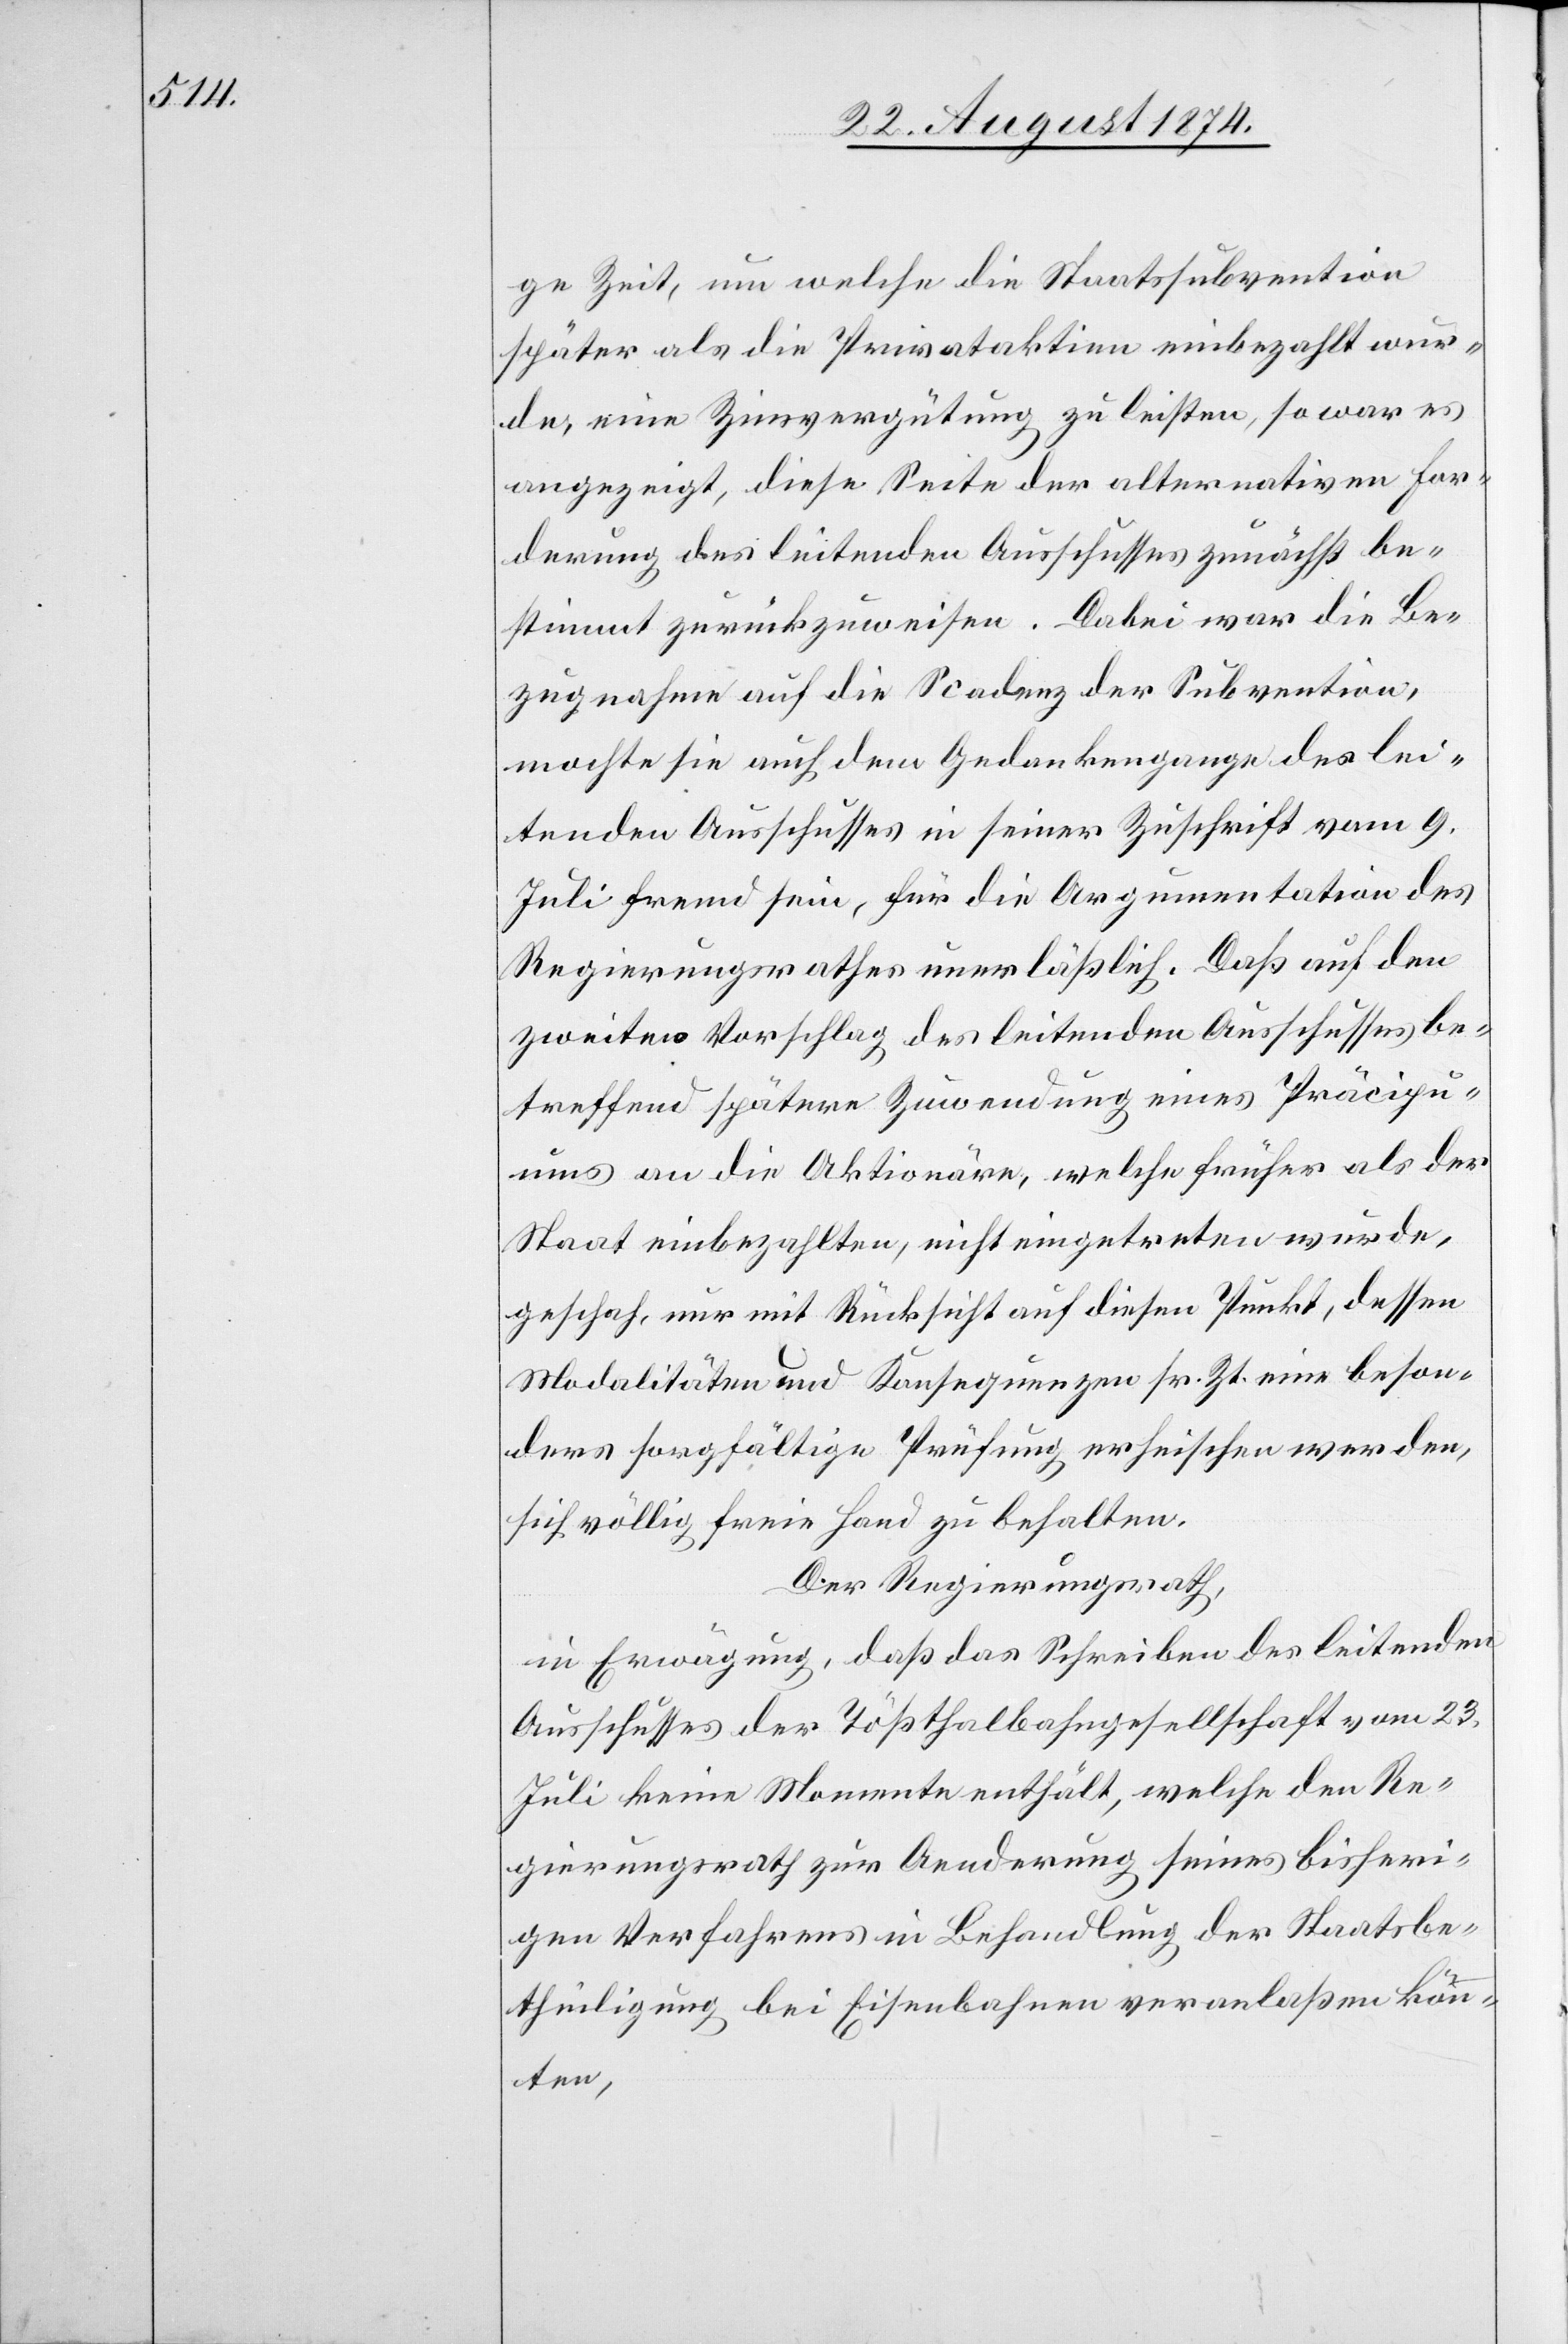
ge Zeit, um welche die Staatssubvention
später als die Privataktien einbezahlt wur¬
de, eine Zinsvergütung zu leisten, so war es
angezeigt, diese Seite der alternativen For¬
derung des leitenden Ausschusses zunächst be¬
stimmt zurückzuweisen. Dabei war die Be¬
zugnahme auf die Scadenz der Subvention,
mochte sie auch dem Gedankengange des lei¬
tenden Ausschusses in seiner Zuschrift vom 9.
Juli fremd sein, für die Argumentation des
Regierungsrathes unerläßlich. Daß auf den
zweiten Vorschlag des leitenden Ausschusses be¬
treffend spätere Zuwendung eines Präcipu¬
ums an die Aktionäre, welche früher als der
Staat einbezahlten, nicht eingetreten wurde,
[sic!], nur mit Rücksicht auf diesen Punkt, dessen
Modalitäten und Konsequenzen sr. Zt. eine beson¬
ders sorgfältige Prüfung erheischen werden,
sich völlig freie Hand zu behalten.
Der Regierungsrath,
in Erwägung, daß das Schreiben des leitenden
Ausschusses der Tößthalbahngesellschaft vom 23.
Juli keine Momente enthält, welche den Re¬
gierungsrath zur Aenderung seines bisheri¬
gen Verfahrens in Behandlung der Staatsbe¬
theiligung bei Eisenbahnen veranlaßen könn¬
ten,